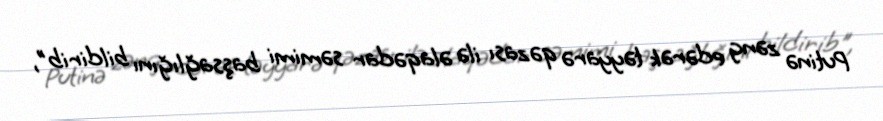
Putinə zəng edərək təyyarə qəzası ilə əlaqədar səmimi başsağlığını bildirib",